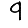
Digit: 9